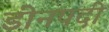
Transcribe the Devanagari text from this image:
डीनपदी